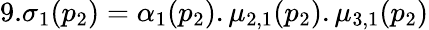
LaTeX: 9.\sigma_{1}(p_{2})=\alpha_{1}(p_{2}).\mu_{2,1}(p_{2}).\mu_{3,1}(p_{2})